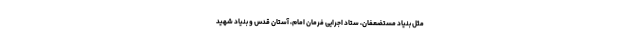
مثل بنیاد مستضعفان، ستاد اجرایی فرمان امام، آستان قدس و بنیاد شهید